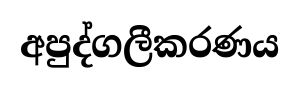
අපුද්ගලීකරණය